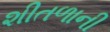
શીતળાની